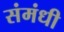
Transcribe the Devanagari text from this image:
संमंधी